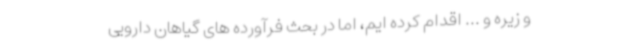
و زیره و ... اقدام کرده ایم، اما در بحث فرآورده های گیاهان دارویی